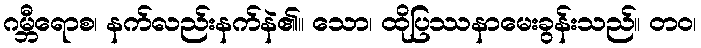
ဂမ္ဘီရောစ၊ နက်လည်းနက်နဲ၏။ သော၊ ထိုပြဿနာမေးခွန်းသည်။ တဝ၊